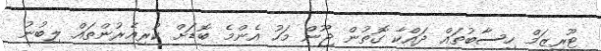
ޓޫރިޒަމް ހިސާބުތައް ދައްކާ ގޮތުން ޖޫން މަހު އެންމެ ބޮޑަށް ކުރިއެރުންތައް ލިބުނު